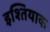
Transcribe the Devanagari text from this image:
इश्तियाक